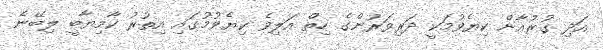
އަދި ޤުރުއާން ކިޔެވުމަކީ ދަރިވަރުންގެ ހިތް އަލިވެ ކިޔެވުމުގައި އިތުރު ކާމިޔާބީ ލިބޭނެ